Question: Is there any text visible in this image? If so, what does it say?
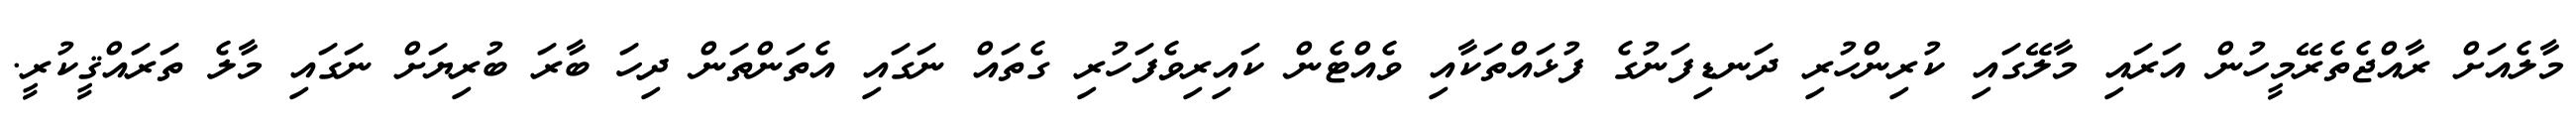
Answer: މާލެއަށް ރާއްޖެތެރޭމީހުން އަރައި މާލޭގައި ކުރިންހުރި ދަނޑިފަނުގެ ފުޅައްތަކާއި ވެއްޓެން ކައިރިވެފަހުރި ގެތައް ނަގައި އެތަންތަން ދިހަ ބާރަ ބުރިޔަށް ނަގައި މާލެ ތަރައްޤީކުރީ.